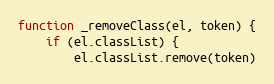
Language: JavaScript
function _removeClass(el, token) {
	if (el.classList) {
		el.classList.remove(token)